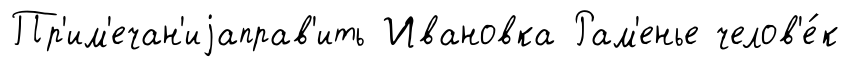
Пр'им'ечан'иjаправ'ить Ивановка Рам'енье челов'е́к